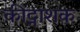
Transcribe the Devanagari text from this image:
कीट्नाशक